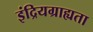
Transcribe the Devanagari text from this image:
इंद्रियग्राह्यता